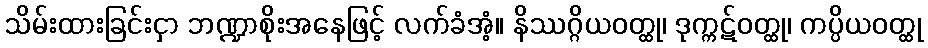
သိမ်းထားခြင်းငှာ ဘဏ္ဍာစိုးအနေဖြင့် လက်ခံအံ့။ နိဿဂ္ဂိယဝတ္ထု၊ ဒုက္ကဋ်ဝတ္ထု၊ ကပ္ပိယဝတ္ထု